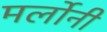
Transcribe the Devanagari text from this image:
मर्लोनी